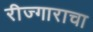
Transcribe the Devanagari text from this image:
रीज्गाराचा